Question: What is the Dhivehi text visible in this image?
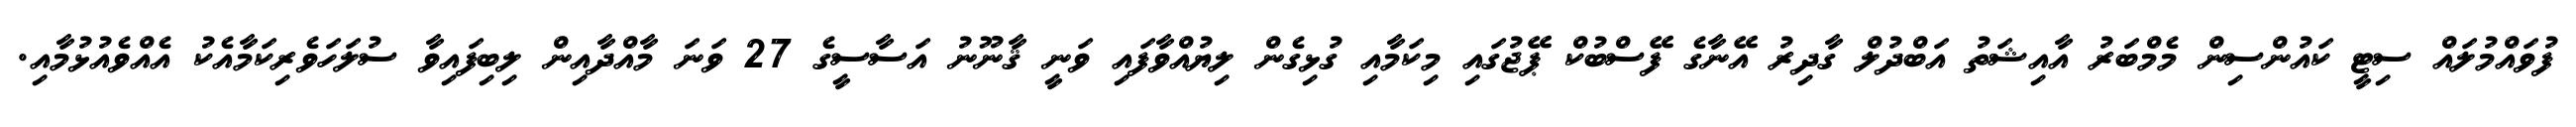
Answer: ފުވައްމުލައް ސިޓީ ކައުންސިން މެމްބަރު އާއިޝަތު އަބްދުލް ގާދިރު އޭނާގެ ފޭސްބުކް ޕޭޖުގައި މިކަމާއި ގުޅިގެން ލިޔުއްވާފައި ވަނީ ޤާނޫނު އަސާސީގެ 27 ވަނަ މާއްދާއިން ލިބިފައިވާ ސުލަހަވެރިކަމާއެކު އެއްވެއުޅުމާއި.